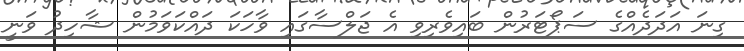
ގިނަ އަދަދެއްގެ ސަޕޯޓަރުން ބައިވެރިވި އެ ޖަލްސާގައި ވާހަކަ ދައްކަވަމުން ޝާހިދު ވަނީ